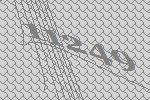
11249